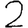
Digit: 2